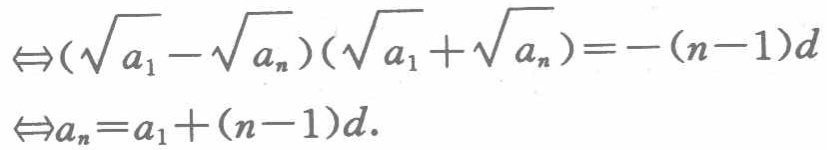
$\Leftrightarrow(\sqrt{a_{1}} - \sqrt{a_{n}})(\sqrt{a_{1}} + \sqrt{a_{n}})=-(n - 1)d\\
\Leftrightarrow a_{n}=a_{1}+(n - 1)d.$